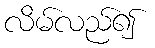
လိမ်လည်၍